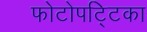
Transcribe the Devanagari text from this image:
फोटोपट्टिका